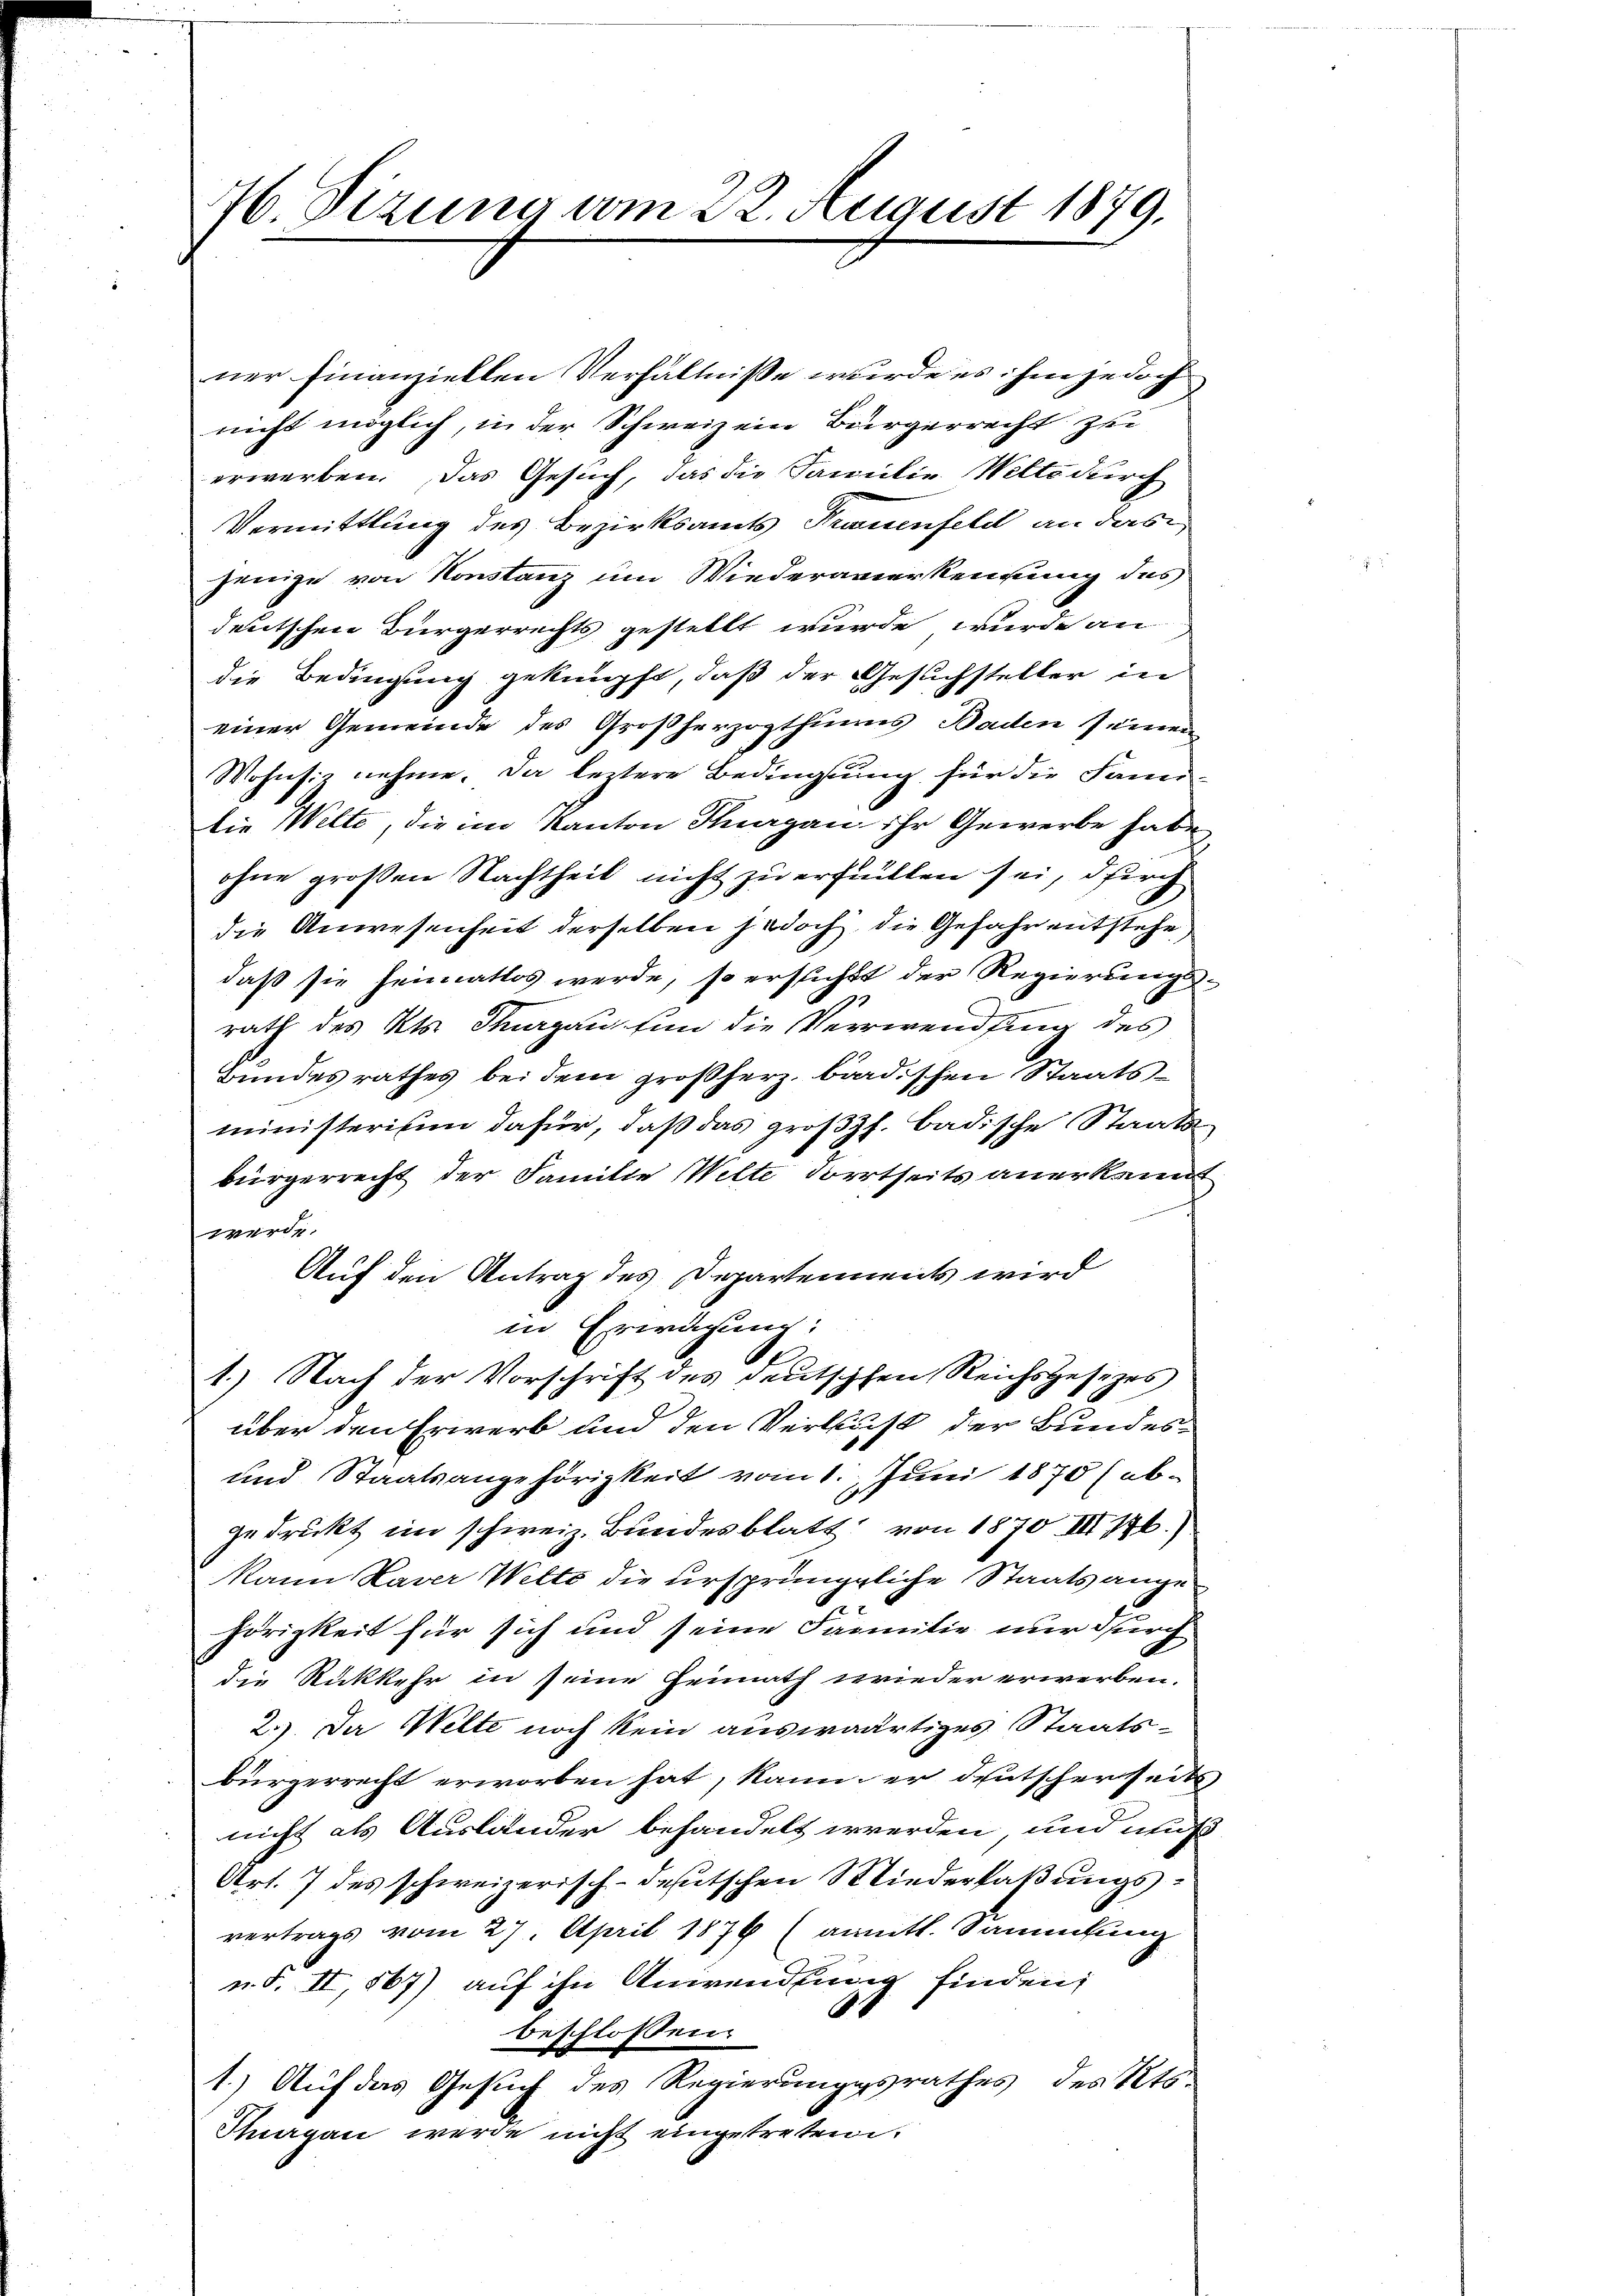
76. Sizung vom 22. August 1879.

ner Finanziellen Verhältnisse wurde es ihm jedoch
nicht möglich, in der Schweiz ein Bürgerrecht zei
erwerben. Das Gesuch, das die Familie Welte durch
Vermittlung des Bezirksamts Frauenfeld an das
jenige von Konstanz um Wiederavierkennung des
deutschen Bürgerrechts gestellt wurde, wurde an
die Bedingung geknüpft, daß der Gesuchsteller in
einer Gemeinde des Großherzogthums Baden seinen
Wohnsit nehme. Da leztere Bedingstung für die Fami-
die Welte, die im Kanton Thurgau ihr Gewerbe habe
ohne großen Nachtheil nicht zu erfüllen sei, durch
die Anwesenheit derselben jedoch, die Gefahr entstehe,
daß sie heimatlos werde, so ersucht der Regierung
rath des Kts. Thurgau hin die Verwendung des
Bundesrathes bei dem großherz baadischen Staatsministerium dafür, daß das großh. badische Staatsbürgerrecht der Familie Wilte dortseits anerkannt
werde.
Auf den Antrag des Departement wird
in Erwägung:
1.) Nach der Vorschrift des deutschen Reichsgesezes
über den Erwerb und den Verlust der Bundes-
und Staatsangehörigkeit vom 1. Juni 1870 (ab-
gedruckt im schweiz. Bundesblatt von 1870. III 44.)
kann Kaver Wette die ursprüngliche Staatsangehörigkeit für sich und seine Familie nur durch
die Rückkehr in seine Heimath wieder erwerben.
2.) Da Welte noch kein auswärtiges Staatsbürgerrecht erworben hat, kann er deutscherseit
nicht als Auslander behandelt werden, und auch
Art. 7 des schweizerisch-deutschen Wiederfaßungsvertrags vom 27. April 1876 (anmitt. Sammlung
u.S. II, 567) auf ihn Anwendung finden,
beschlossen
1.) Auf das Gesuch des Regierungsrathes des Kts.
Stergan werde nicht eingetreten.